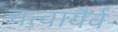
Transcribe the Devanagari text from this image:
चत्वायैर्व